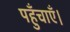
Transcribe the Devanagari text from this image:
पहुँचाएँ।